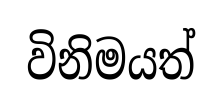
විනිමයත්